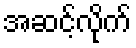
အဆင့်လိုက်